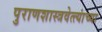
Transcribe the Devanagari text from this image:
पुराणशास्त्रवेत्त्यांच्या